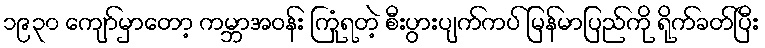
၁၉၃၀ ကျော်မှာတော့ ကမ္ဘာအဝန်း ကြုံရတဲ့ စီးပွားပျက်ကပ် မြန်မာပြည်ကို ရိုက်ခတ်ပြီး